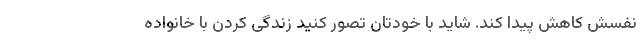
نفسش کاهش پیدا کند. شاید با خودتان تصور کنید زندگی کردن با خانواده